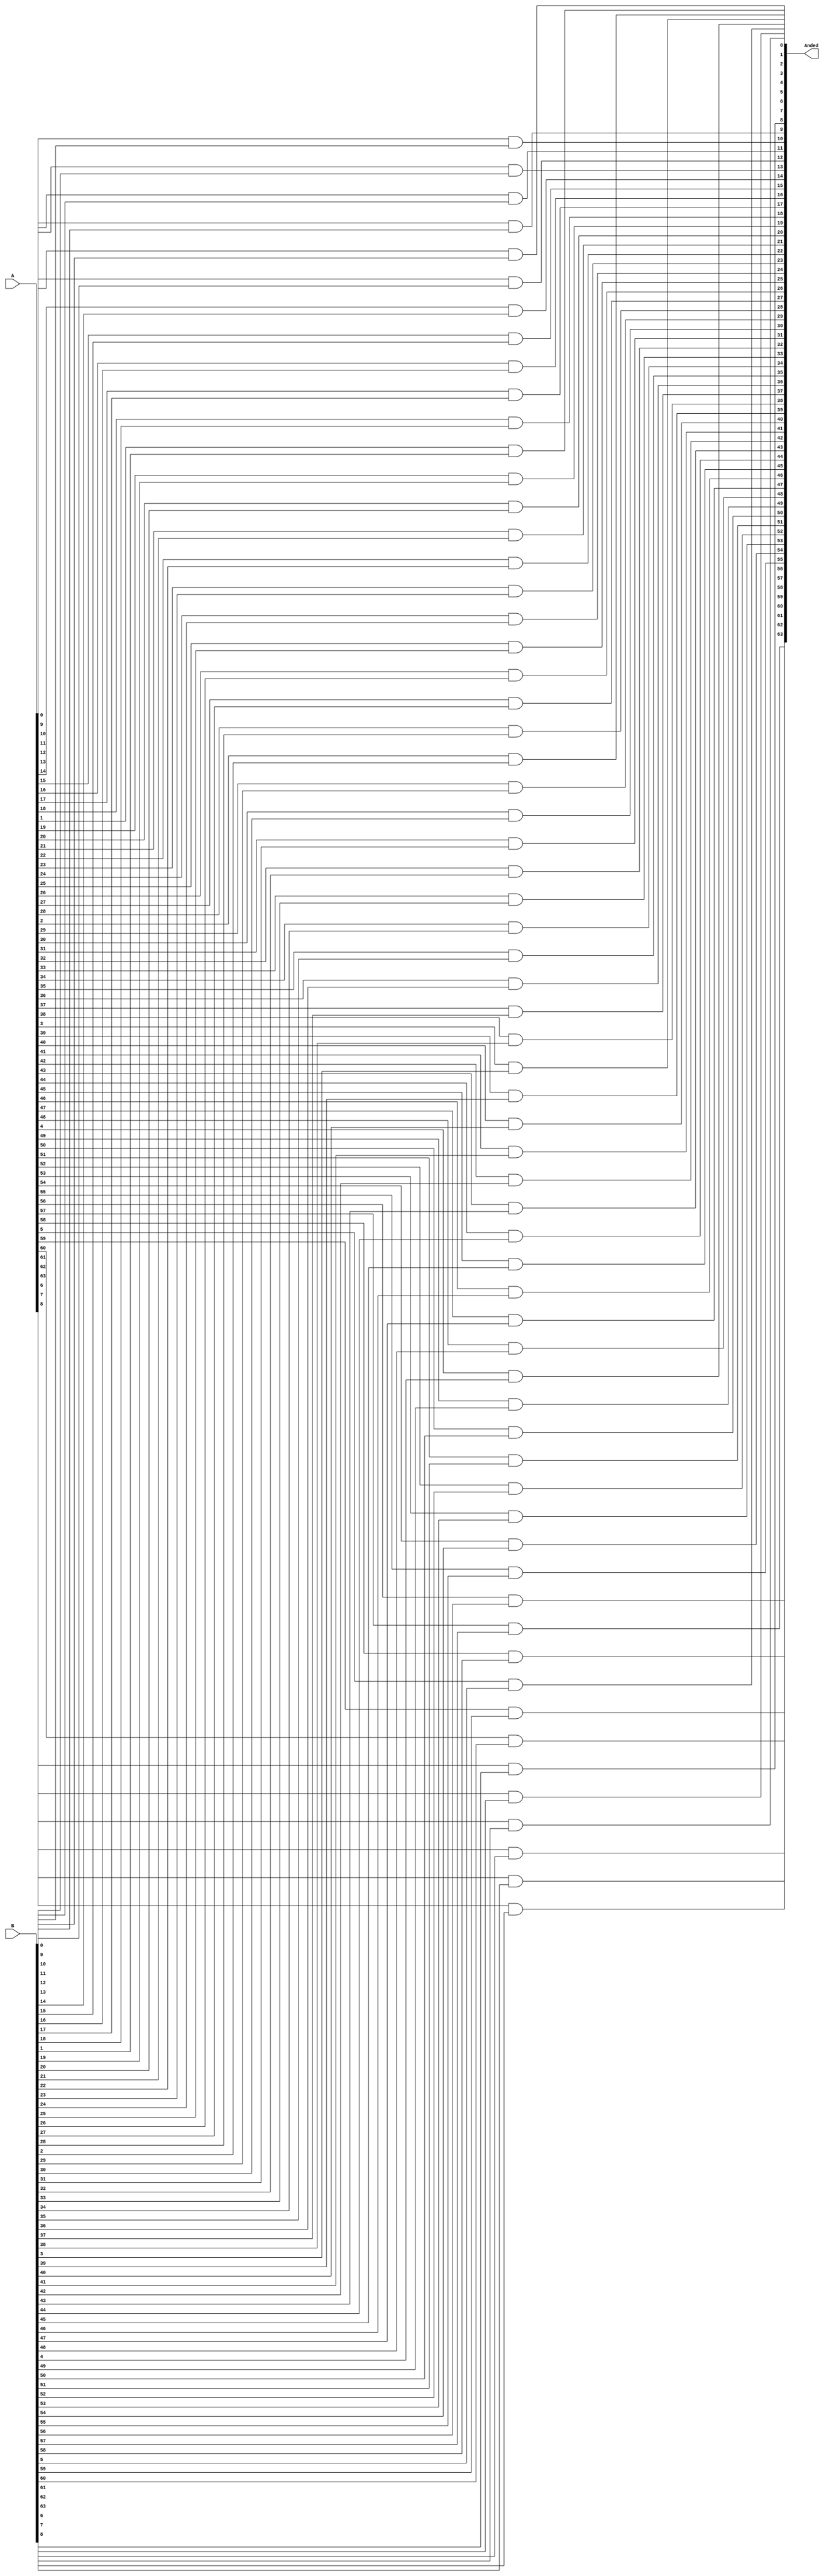
module and_bitwise(A,B,Anded);
input [63:0] A,B;
output [63:0] Anded;

genvar pointer;

generate
    for(pointer=0;pointer<64;pointer=pointer+1) begin
        and and_gate1(Anded[pointer],A[pointer],B[pointer]);
    end
endgenerate

endmodule